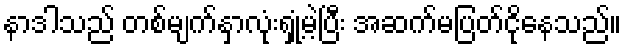
နာဒါသည် တစ်မျက်နှာလုံးရှုံ့မဲ့ပြီး အဆက်မပြတ်ငိုနေသည်။